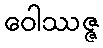
ဝေါဿဇ္ဇ